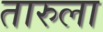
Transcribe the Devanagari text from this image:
तारुला